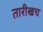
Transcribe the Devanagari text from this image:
तारीखच